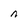
Character: n